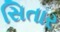
સિતાર